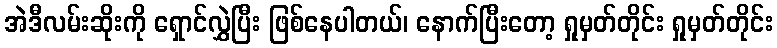
အဲဒီလမ်းဆိုးကို ရှောင်လွှဲပြီး ဖြစ်နေပါတယ်၊ နောက်ပြီးတော့ ရှုမှတ်တိုင်း ရှုမှတ်တိုင်း